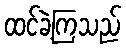
ထင်ခဲ့ကြသည်